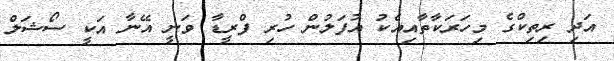
އަދި ރިތިކްގެ މިހަރަކާތާއިއެކު އުފަލުން ހުރި ފްރީޑާ ވަނީ އޭނާ އަކީ ސޯޝަލް